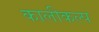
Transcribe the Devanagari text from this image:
कालीकल्प